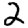
Digit: 2